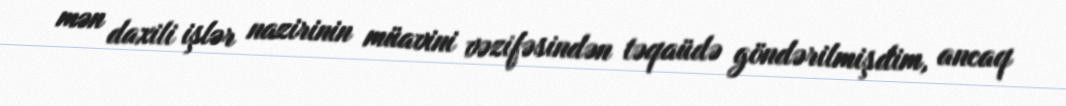
mən daxili işlər nazirinin müavini vəzifəsindən təqaüdə göndərilmişdim, ancaq